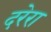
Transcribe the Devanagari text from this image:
दरेरा